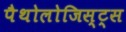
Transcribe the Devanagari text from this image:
पैथोलोजिस्ट्स